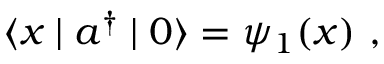
\langle x \mid a ^ { \dagger } \mid 0 \rangle = \psi _ { 1 } ( x ) ~ ,